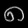
Digit: ၈